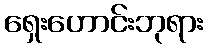
ရှေးဟောင်းဘုရား